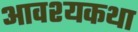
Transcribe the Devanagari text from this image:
आवश्यकथा